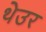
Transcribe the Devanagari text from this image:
थेउर